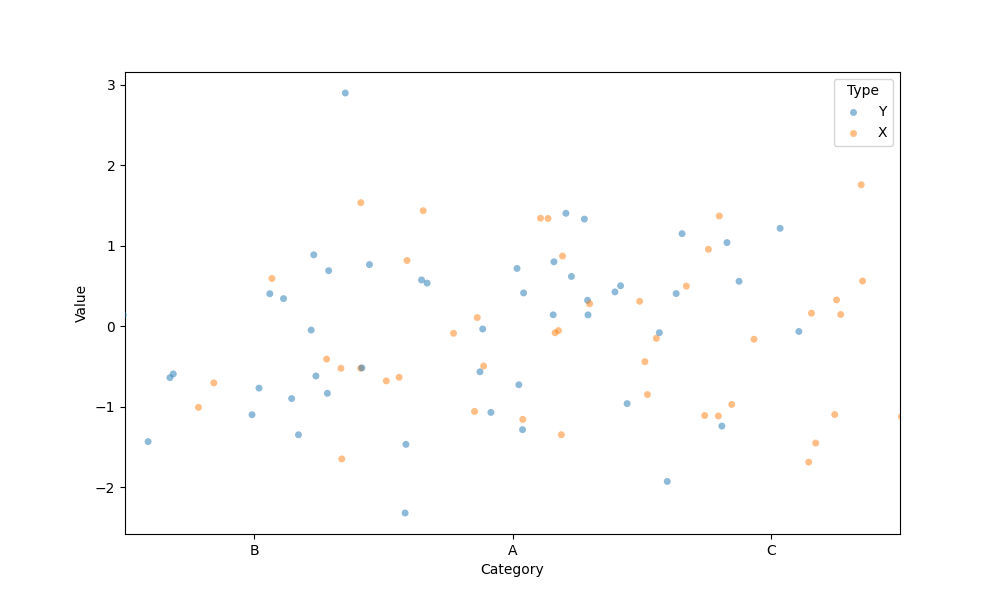
python, seaborn, stripplot, jitter=True, dodge=True, alpha=0.5, size=5